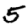
Digit: 5